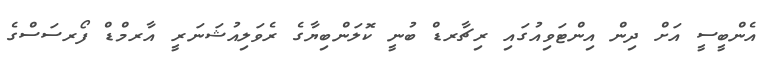
އެންބީސީ އަށް ދިން އިންޓަވިއުގައި ރިޗާރޑް ބުނީ ކޮލަންބިޔާގެ ރެވަލިއުޝަނަރީ އާރމްޑް ފޯރސަސްގެ